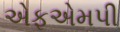
એફએમપી